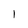
Character: 1